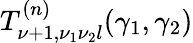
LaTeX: T_{\nu+1,\nu_{1}\nu_{2}l}^{(n)}(\gamma_{1},\gamma_{2})